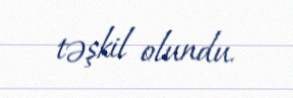
təşkil olundu.